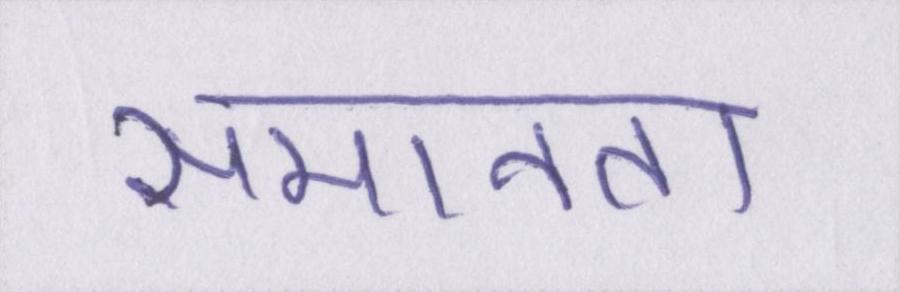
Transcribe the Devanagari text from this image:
समानता